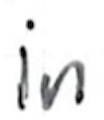
Text: in
Cross-out: clean
Writing tool: ballpoint